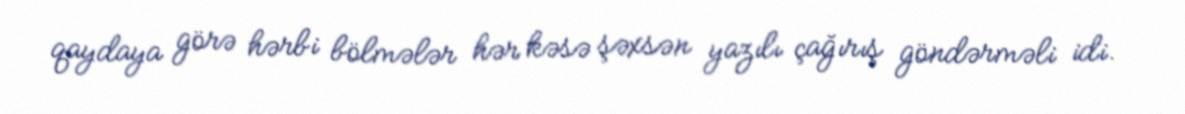
qaydaya görə hərbi bölmələr hər kəsə şəxsən yazılı çağırış göndərməli idi.